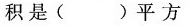
积是( )平方